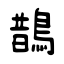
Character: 鵲